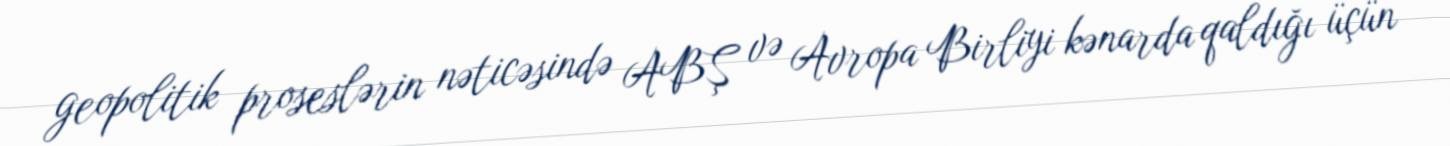
geopolitik proseslərin nəticəsində ABŞ və Avropa Birliyi kənarda qaldığı üçün